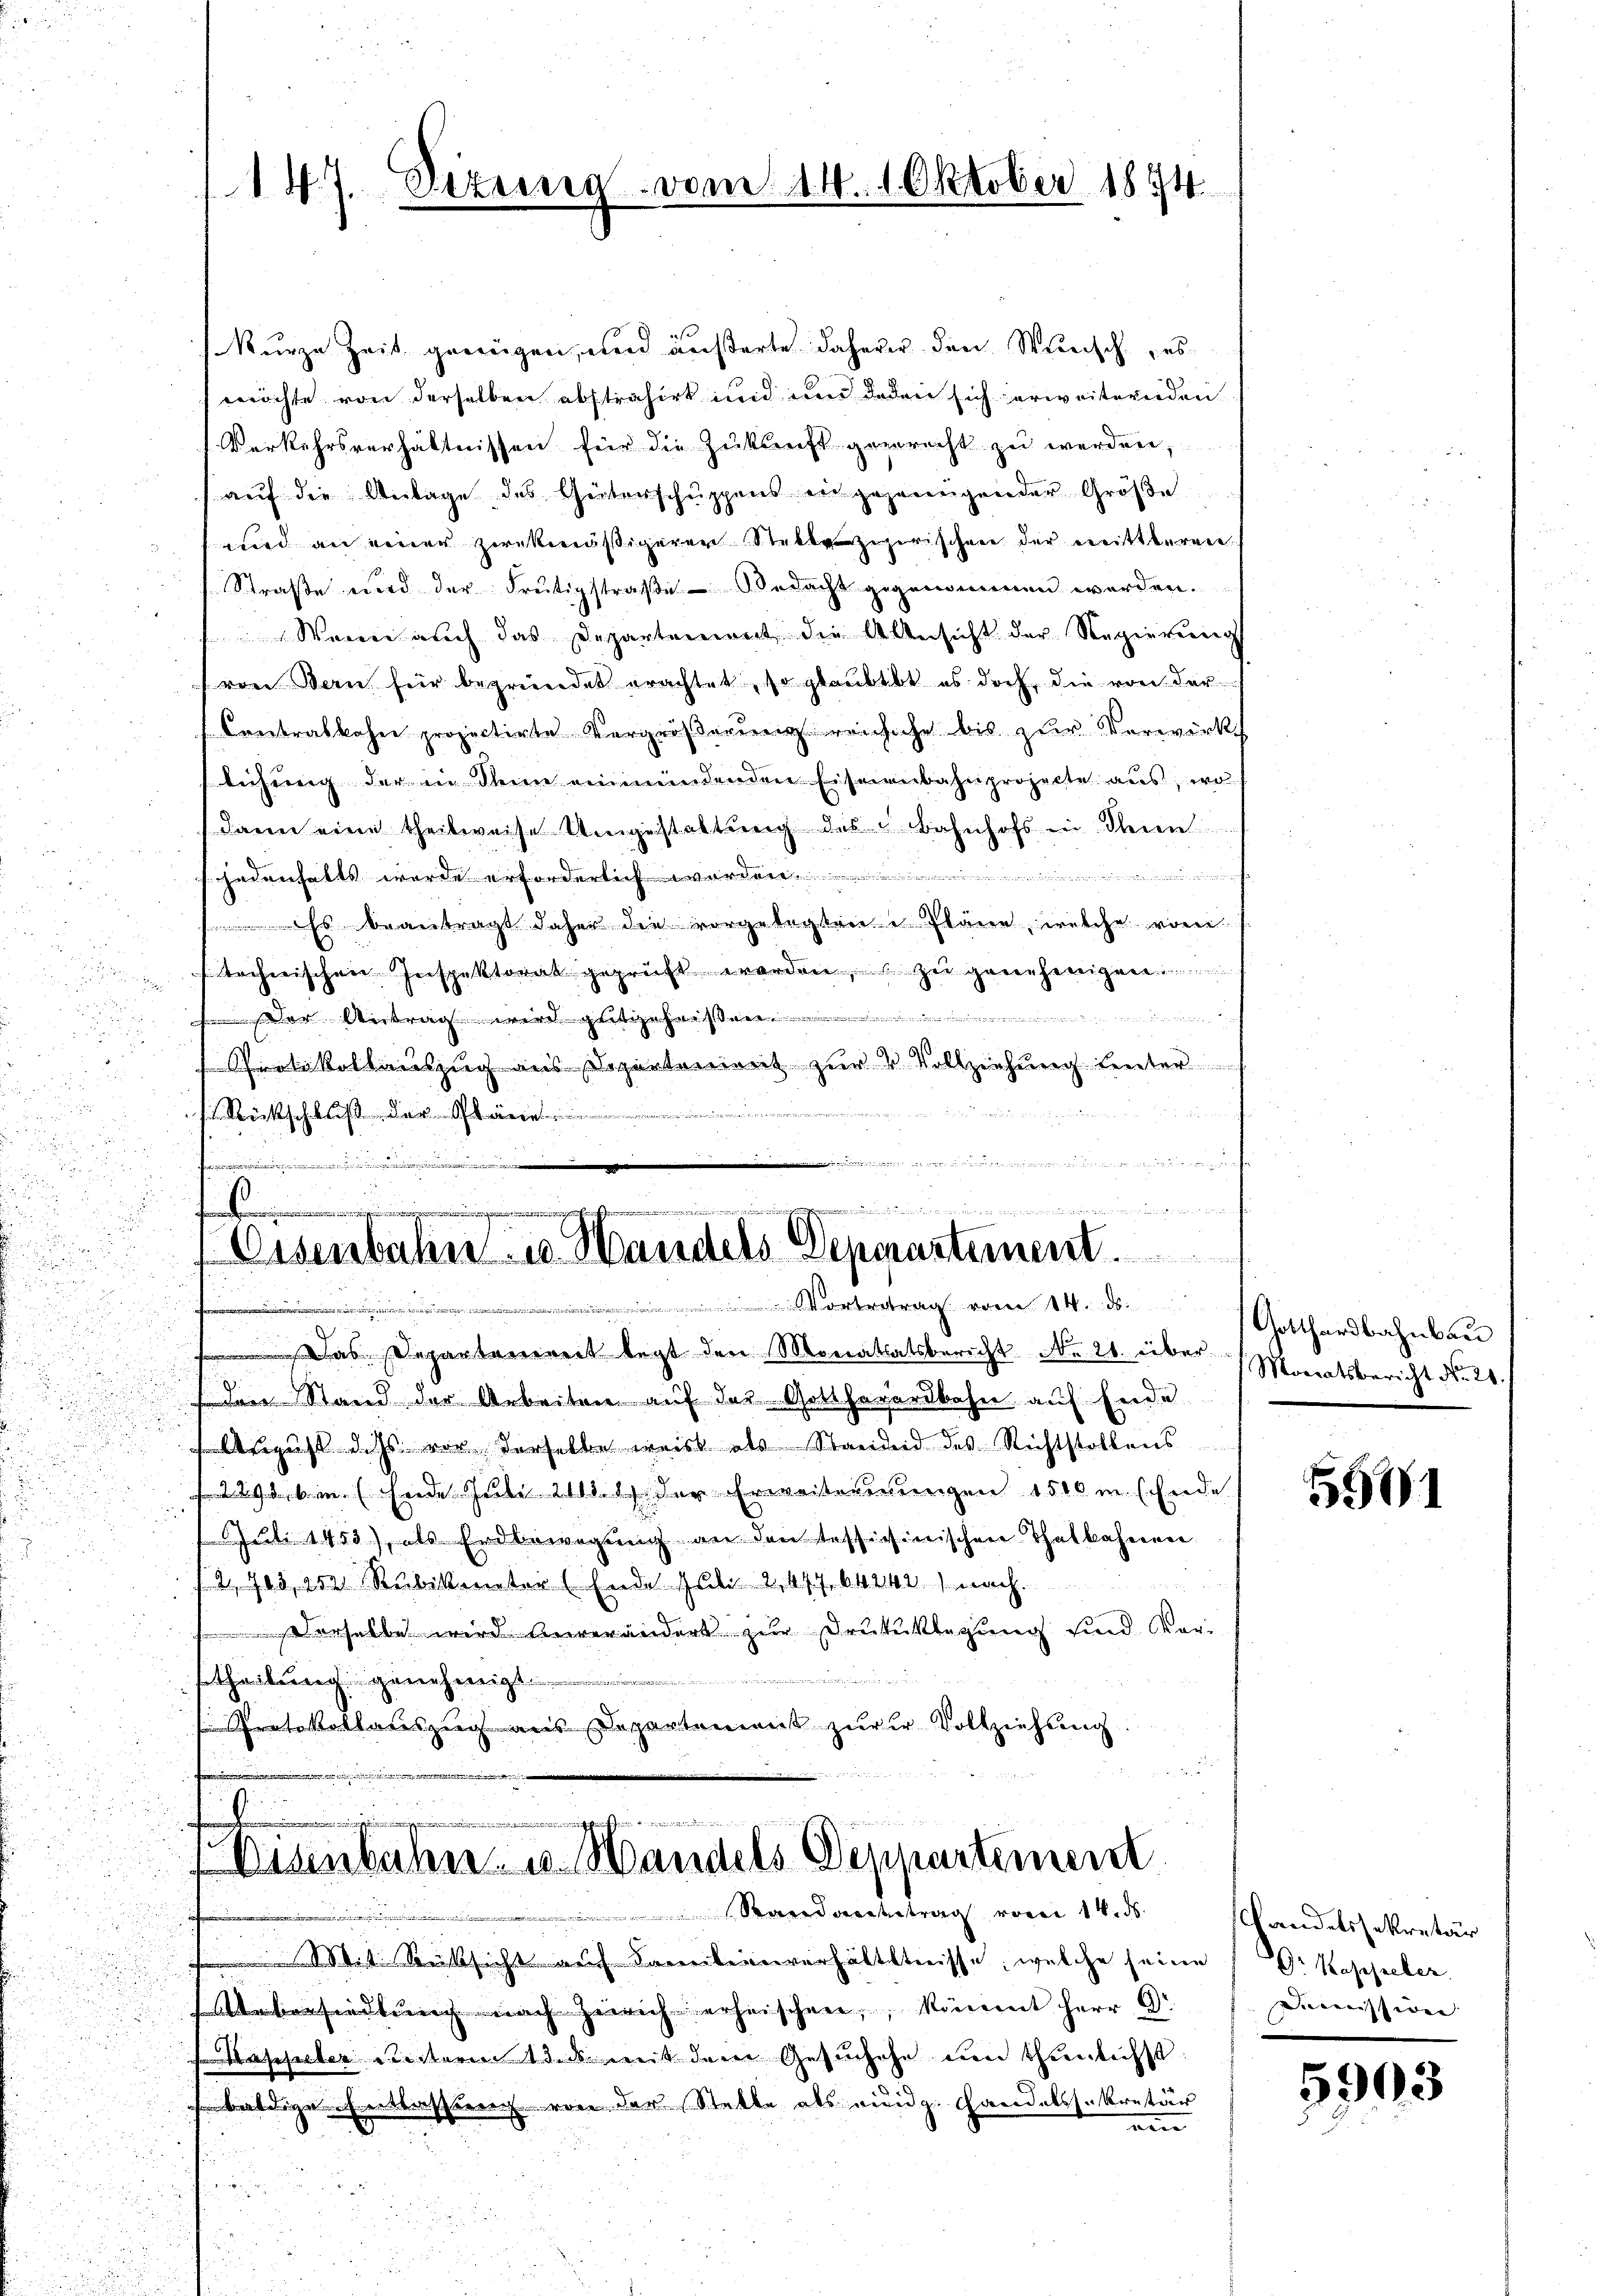
kurze Zeit geregen, und äußerte daherer den Wunsch, es
öchte von derselben abstrahirt und und Boden sich erweiternden
Verkehrsverhältnissen für die Zŭkŭnft genrecht zŭ werden,
auf die Anlage des Heiterschuppens engezeugender Größe
wird an einer zwekmäßigerer Stelle zuerischen der mittleren.
Straße wird der Frutigstraβe Bedacht gegenommen werden.
Werner auch das Departement die Ansicht der Regierung
von Bern für begründet erachtet, so glaubtbt es doch, die von der
Contrabkahn projectirte Vergrößerung versiche bis zur Verwirk
leihung der in Deine ein mindenden Eisenbahnprojecte aus, wo
dann eine theilweise Umgestattung des Bahnhofs in deren
u
jedenhalts wurde erforderlich worden.

s beantragt daher die vorgelegten Pläne, welche von
u
d
i
technischen Inspektorat geprüft werden, zu genehmigen

 der Antrag wird g
¬
ikolauszug aus Departement zur 2 Vollziehung heuter

d
Rückschluß der Stän
.
u
.

.
2

.. ..  ..  ..
d

 Eisenbahn- u. Handels Deparastement.

.
e

orttrag vom 14. ds. Gotthardbahnbau

a
 Das Departenereit legt den Monathatsbericht No 21. über Monatsbericht No. 26.
den Stand der Arbeiten auf der Gottforardbahn auf Ende
August das vor derselbe weist als Standeid des Richtstollens
229. v. M. (Frede Jubi 2111. l. der Erweiterungen 1500 m (Ende
1 Juli 1453), als Erdbewegung an den testichinischen Thatbahnen
2,703, 452 Rubikanator (Ende Juli 2,647. 64242) nach.
 derselbe wird unverändert zur Drukuklegung sind Vorinuire
stheilung genehmigt.
Protokollauszug aus Departement zŭrer Vollziehung.
u
.

147. Dezuma

vom 14. 1 Oktober 1894.

)
n
.ten die
Disenbahn- u. Handels Denkartement
Stand andertrag vorei 14. ds.

.
i
Mit Rücksicht auf Farbeinverhältstnisse, welche seine Dr. Koppeler
konsendung nach Züricherheischen, kömmt Herr Dr.
asseler Leistern das mit dem Gesuchehe um thunlichst
s baldigen Entlassung von der Stelle als eidg. Handelssekretär
nen

550

Landelssekretär
Demission

5903